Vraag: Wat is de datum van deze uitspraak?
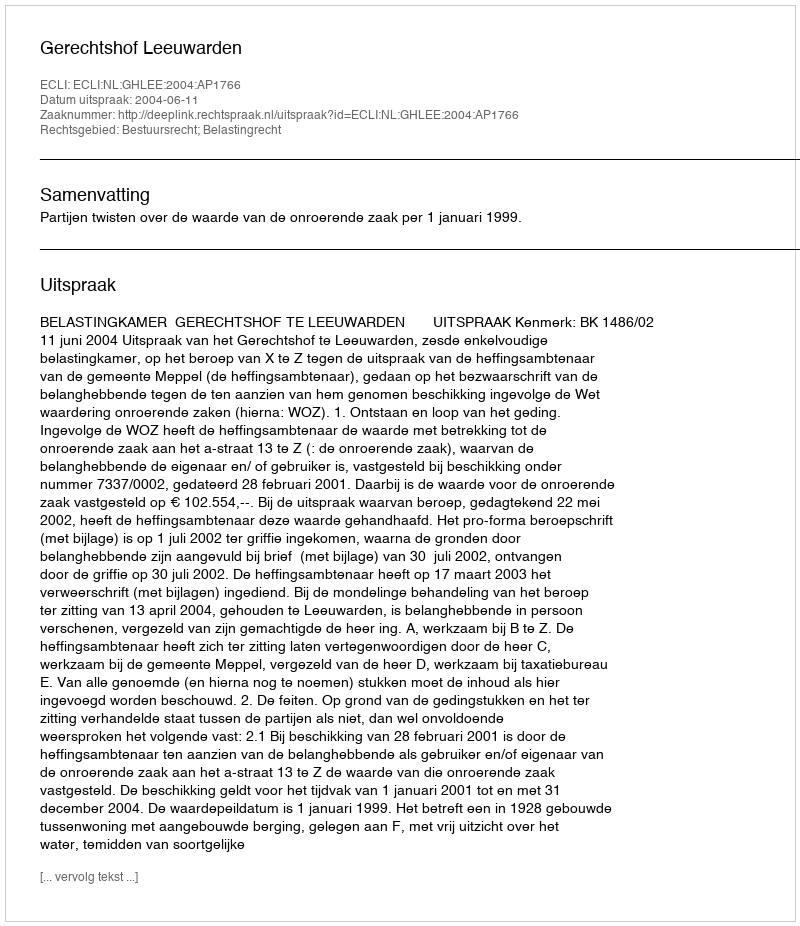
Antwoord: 2004-06-11